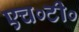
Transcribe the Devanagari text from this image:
एच०टी०